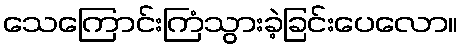
သေကြောင်းကြံသွားခဲ့ခြင်းပေလော။